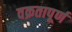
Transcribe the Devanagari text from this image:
वक्रतापूर्ण